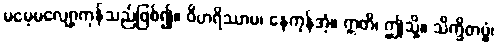
မမေ့မလျော့ကုန်သည်ဖြစ်၍။ ဝိဟရိဿာမ၊ နေကုန်အံ့။ ဣတိ၊ ဤသို့။ သိက္ခိတဗ္ဗံ၊